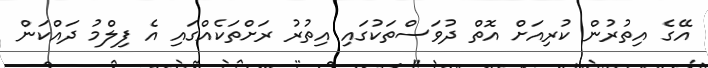
އޭގެ އިތުރުން ކުރިއަށް އޮތް ދުވަސްތަކުގައި އިތުރު ރަށްތަކެއްގައި އެ ފިލްމު ދައްކަން